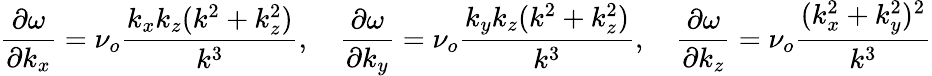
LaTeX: \frac{\partial\omega}{\partial k_{x}}=\nu_{o}\frac{k_{x}k_{z}(k^{2}+k_{z}^{2})}{k^{3}},\quad\frac{\partial\omega}{\partial k_{y}}=\nu_{o}\frac{k_{y}k_{z}(k^{2}+k_{z}^{2})}{k^{3}},\quad\frac{\partial\omega}{\partial k_{z}}=\nu_{o}\frac{(k_{x}^{2}+k_{y}^{2})^{2}}{k^{3}}